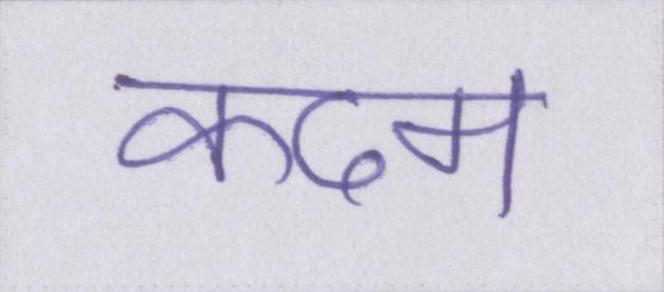
कदम